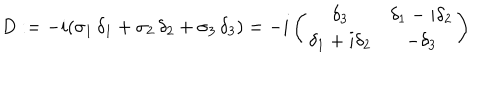
D : = - i ( \sigma _ { 1 } \, \delta _ { 1 } + \sigma _ { 2 } \, \delta _ { 2 } + \sigma _ { 3 } \, \delta _ { 3 } ) = - i \left( \begin{matrix} { { \delta _ { 3 } } } & { { \delta _ { 1 } - i \delta _ { 2 } } } \\ { { \delta _ { 1 } + i \delta _ { 2 } } } & { { - \delta _ { 3 } } } \\ \end{matrix} \right)